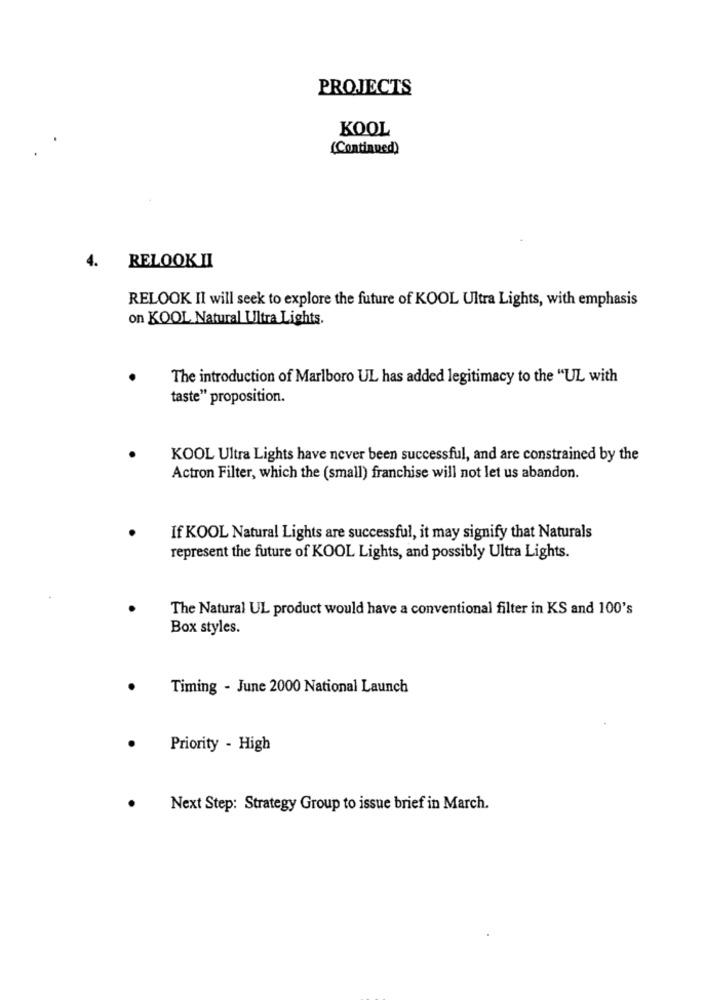
PROJECTS
KOOL
(Continued)
4. RELOOK II
RELOOK II will seek to explore the future of KOOL Ultra Lights, with emphasis
on KOOL Natural Ultra Lights.
The introduction of Marlboro UL has added legitimacy to the "UL with
taste" proposition.
KOOL Ultra Lights have never been successful, and are constrained by the
Actron Filter, which the (small) franchise will not let us abandon.
If KOOL Natural Lights are successful, it may signify that Naturals
represent the future of KOOL Lights, and possibly Ultra Lights.
The Natural UL product would have a conventional filter in KS and 100's
Box styles.
Timing - June 2000 National Launch
Priority - High
Next Step: Strategy Group to issue brief in March.